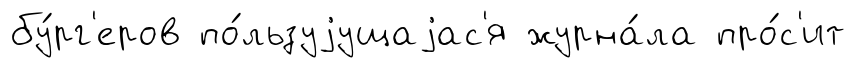
бу́рг'еров по́льзуjущаjас'я журна́ла про́с'ит